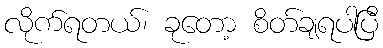
လိုက်ရတယ်၊ ခုတော့ စိတ်ချရပါပြီ